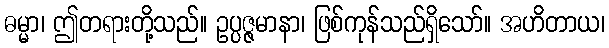
ဓမ္မာ၊ ဤတရားတို့သည်။ ဥပ္ပဇ္ဇမာနာ၊ ဖြစ်ကုန်သည်ရှိသော်။ အဟိတာယ၊